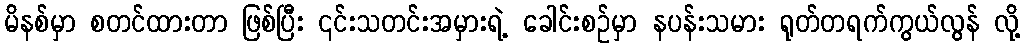
မိနစ်မှာ စတင်ထားတာ ဖြစ်ပြီး ၎င်းသတင်းအမှားရဲ့ ခေါင်းစဉ်မှာ နပန်းသမား ရုတ်တရက်ကွယ်လွန် လို့